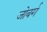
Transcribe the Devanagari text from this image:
जोबर्ग